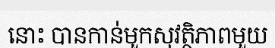
នោះ បានកាន់មួកសុវត្ថិភាពមួយ